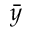
\bar { y }